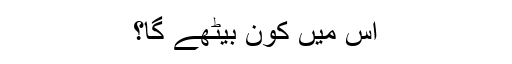
اس میں کون بیٹھے گا؟